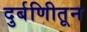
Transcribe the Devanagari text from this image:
दुर्बणिीतून